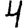
Digit: 4